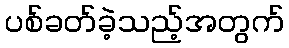
ပစ်ခတ်ခဲ့သည့်အတွက်